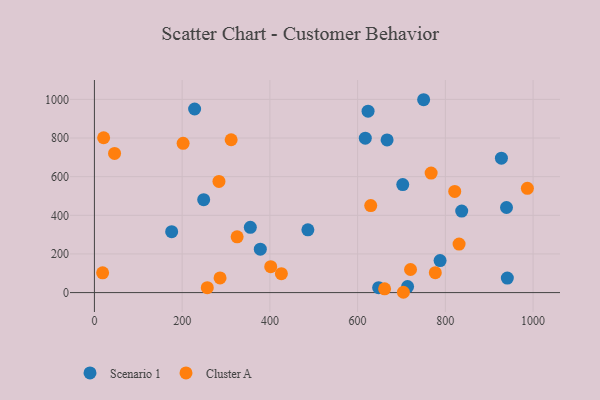
{"axis": {"x": "Study Hours", "y": "Profit"}, "legend": ["Cluster A", "Scenario 1"], "data": [{"x": "941.3", "y": 75.2, "type": "Scenario 1"}, {"x": "927.8", "y": 695.8, "type": "Scenario 1"}, {"x": "486.6", "y": 324.8, "type": "Scenario 1"}, {"x": "788.0", "y": 165.5, "type": "Scenario 1"}, {"x": "378.2", "y": 224.6, "type": "Scenario 1"}, {"x": "617.5", "y": 799.1, "type": "Scenario 1"}, {"x": "702.9", "y": 559.2, "type": "Scenario 1"}, {"x": "355.4", "y": 337.7, "type": "Scenario 1"}, {"x": "713.9", "y": 31.1, "type": "Scenario 1"}, {"x": "837.3", "y": 422.0, "type": "Scenario 1"}, {"x": "667.2", "y": 790.4, "type": "Scenario 1"}, {"x": "647.9", "y": 25.5, "type": "Scenario 1"}, {"x": "750.5", "y": 998.3, "type": "Scenario 1"}, {"x": "623.8", "y": 939.0, "type": "Scenario 1"}, {"x": "939.4", "y": 440.4, "type": "Scenario 1"}, {"x": "249.1", "y": 480.7, "type": "Scenario 1"}, {"x": "228.4", "y": 950.2, "type": "Scenario 1"}, {"x": "176.1", "y": 315.5, "type": "Scenario 1"}, {"x": "629.9", "y": 450.2, "type": "Cluster A"}, {"x": "720.6", "y": 119.4, "type": "Cluster A"}, {"x": "426.2", "y": 97.9, "type": "Cluster A"}, {"x": "202.2", "y": 772.8, "type": "Cluster A"}, {"x": "777.1", "y": 103.2, "type": "Cluster A"}, {"x": "401.9", "y": 134.3, "type": "Cluster A"}, {"x": "21.0", "y": 801.4, "type": "Cluster A"}, {"x": "987.0", "y": 539.7, "type": "Cluster A"}, {"x": "283.9", "y": 575.2, "type": "Cluster A"}, {"x": "661.5", "y": 19.4, "type": "Cluster A"}, {"x": "45.9", "y": 720.1, "type": "Cluster A"}, {"x": "767.6", "y": 618.7, "type": "Cluster A"}, {"x": "704.4", "y": 1.6, "type": "Cluster A"}, {"x": "325.3", "y": 288.7, "type": "Cluster A"}, {"x": "831.3", "y": 251.2, "type": "Cluster A"}, {"x": "311.7", "y": 791.2, "type": "Cluster A"}, {"x": "821.4", "y": 523.4, "type": "Cluster A"}, {"x": "257.3", "y": 25.5, "type": "Cluster A"}, {"x": "18.7", "y": 102.1, "type": "Cluster A"}, {"x": "286.4", "y": 75.8, "type": "Cluster A"}]}